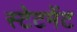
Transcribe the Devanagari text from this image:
स्‍टेटमेंट